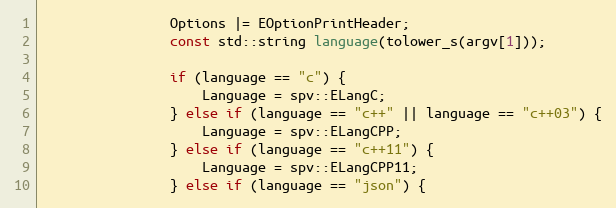
Language: C++
                Options |= EOptionPrintHeader;
                const std::string language(tolower_s(argv[1]));

                if (language == "c") {
                    Language = spv::ELangC;
                } else if (language == "c++" || language == "c++03") {
                    Language = spv::ELangCPP;
                } else if (language == "c++11") {
                    Language = spv::ELangCPP11;
                } else if (language == "json") {